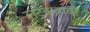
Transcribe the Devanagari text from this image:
लटकवावी